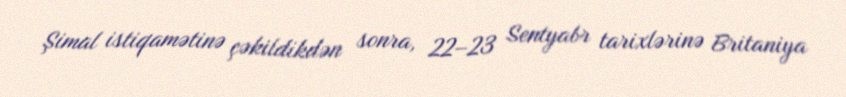
Şimal istiqamətinə çəkildikdən sonra, 22–23 Sentyabr tarixlərinə Britaniya